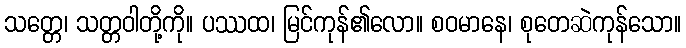
သတ္တေ၊ သတ္တဝါတို့ကို။ ပဿထ၊ မြင်ကုန်၏လော။ စဝမာနေ၊ စုတေဆဲကုန်သော။